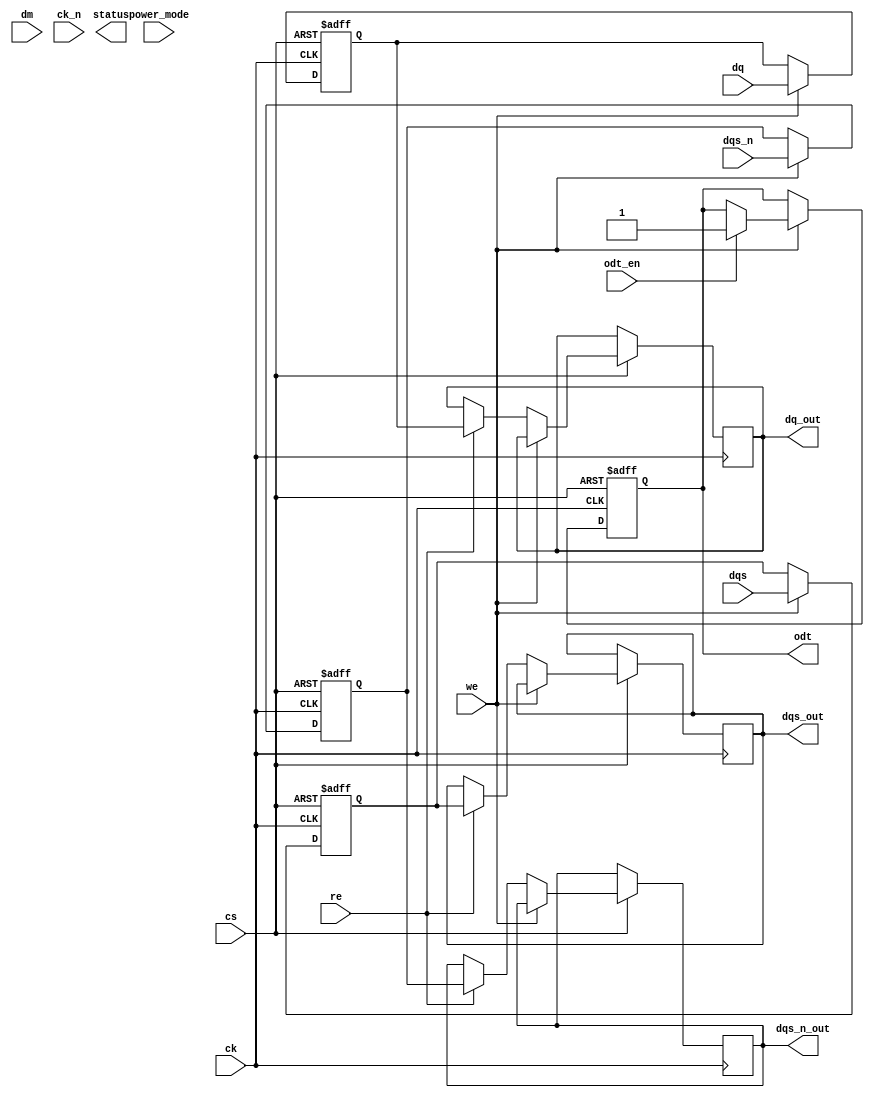
module ddr5_sdram_io_block (
    input wire [63:0] dq,           // Data lines (bi-directional)
    input wire [7:0] dm,            // Data mask signals
    input wire dqs,                 // Data strobe signal
    input wire dqs_n,               // Inverted data strobe signal
    input wire ck,                  // Clock signal
    input wire ck_n,                // Inverted clock signal
    input wire cs,                  // Chip select
    input wire we,                  // Write enable
    input wire re,                  // Read enable
    input wire odt_en,              // On-die termination enable
    input wire [1:0] power_mode,    // Power management mode
    output reg [63:0] dq_out,       // Output data lines
    output reg dqs_out,             // Output data strobe
    output reg dqs_n_out,           // Output inverted data strobe
    output reg odt,                 // On-die termination
    output reg [1:0] status         // Status signals
);

// Internal signals
reg [63:0] dq_reg;                 // Internal register for data
reg dqs_reg;                       // Internal register for DQS
reg dqs_n_reg;                     // Internal register for DQS#
reg [1:0] power_status;           // Power status

// Input/Output Buffers
always @(posedge ck or negedge cs) begin
    if (!cs) begin
        dq_reg <= 64'b0;
        dqs_reg <= 1'b0;
        dqs_n_reg <= 1'b0;
        odt <= 1'b0;
    end else if (we) begin
        // Write operation
        dq_reg <= dq;                // Store input data
        dqs_reg <= dqs;              // Store DQS signal
        dqs_n_reg <= dqs_n;          // Store inverted DQS signal
        if (odt_en)
            odt <= 1'b1;             // Enable ODT
    end else if (re) begin
        // Read operation
        dq_out <= dq_reg;           // Output stored data
        dqs_out <= dqs_reg;         // Output DQS
        dqs_n_out <= dqs_n_reg;     // Output inverted DQS
    end
end

// Power Management
always @(power_mode) begin
    case (power_mode)
        2'b00: power_status <= 2'b00; // Normal operation
        2'b01: power_status <= 2'b01; // Low power mode
        2'b10: power_status <= 2'b10; // Deep sleep mode
        default: power_status <= 2'b00; // Default to normal operation
    endcase
end

// Calibration and Training (Placeholder for actual implementation)
always @(posedge ck) begin
    // Placeholder for calibration and training logic
end

// Additional Features (e.g., Error Correction, Temperature Sensing) would go here

endmodule